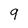
Character: 9